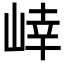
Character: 𭖩